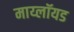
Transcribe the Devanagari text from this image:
माय्लॉयड